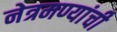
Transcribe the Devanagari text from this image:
नेत्रमण्यांची